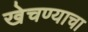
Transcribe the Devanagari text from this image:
खेचण्याचा